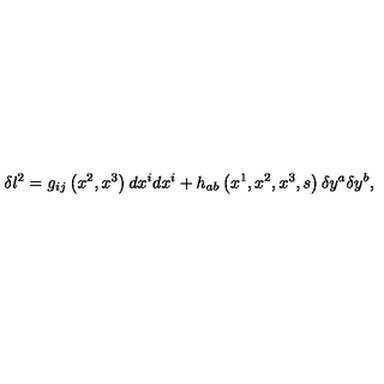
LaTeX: \delta l ^ { 2 } = g _ { i j } \left( x ^ { 2 } , x ^ { 3 } \right) d x ^ { i } d x ^ { i } + h _ { a b } \left( x ^ { 1 } , x ^ { 2 } , x ^ { 3 } , s \right) \delta y ^ { a } \delta y ^ { b } ,